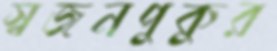
স্বজনপুকুর